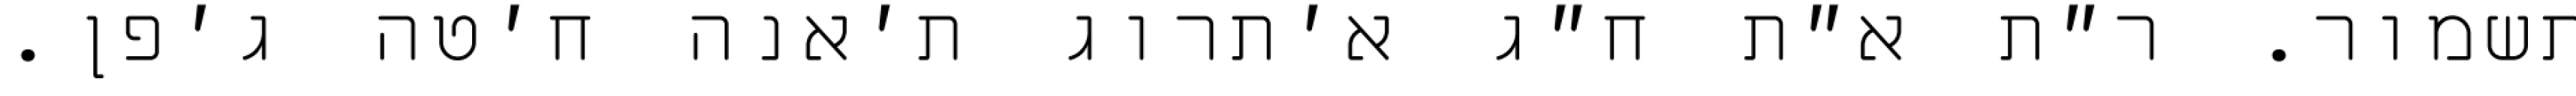
תשמור. ר״ת א״ת ח״ג א׳תרוג ת׳אנה ח׳טה ג׳פן.